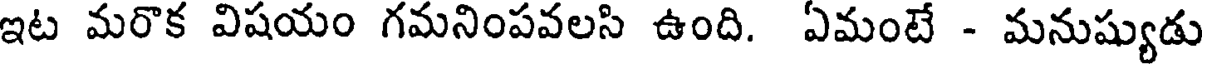
ఇట మరొక విషయం గమనింపవలసి ఉంది. ఏమంటే - మనుష్యుడు